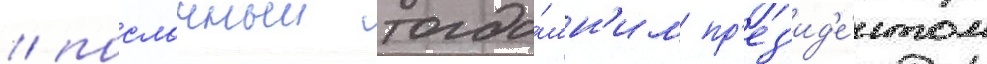
/ посланныи тогда́шн'им пр'ез'ид'е́нтом